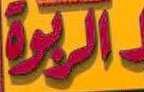
الربوة